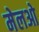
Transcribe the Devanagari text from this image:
मेलओ